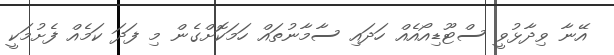
އޭނާ ވިދާޅުވީ ސްޓޫޑިއޯއެއް ހަދައި ސާމާނުތައް ހަމަކޮށްގެން މި ފަދަ ކަމެއް ފެށުމަކީ